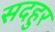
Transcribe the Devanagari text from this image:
सदहुर